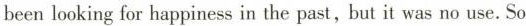
been looking for happiness in the past, but it was no use. So